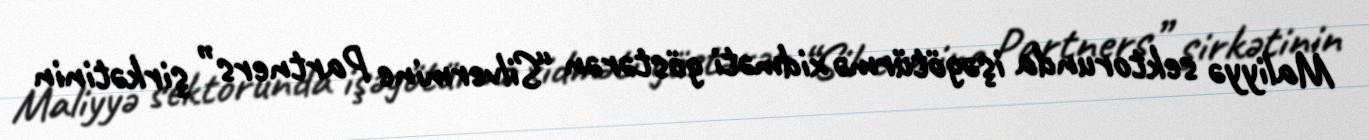
Maliyyə sektorunda işəgötürmə xidməti göstərən “Silvermine Partners” şirkətinin